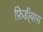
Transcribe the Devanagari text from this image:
फ़िडी्यास